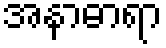
အနာဓာရာ